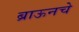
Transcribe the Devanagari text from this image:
ब्राऊनचेेे